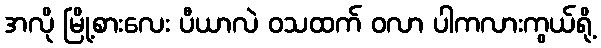
အလို မြို့စားလေး ပီယာလဲ ဝသထက် ဝလာ ပါကလားကွယ်ရို့